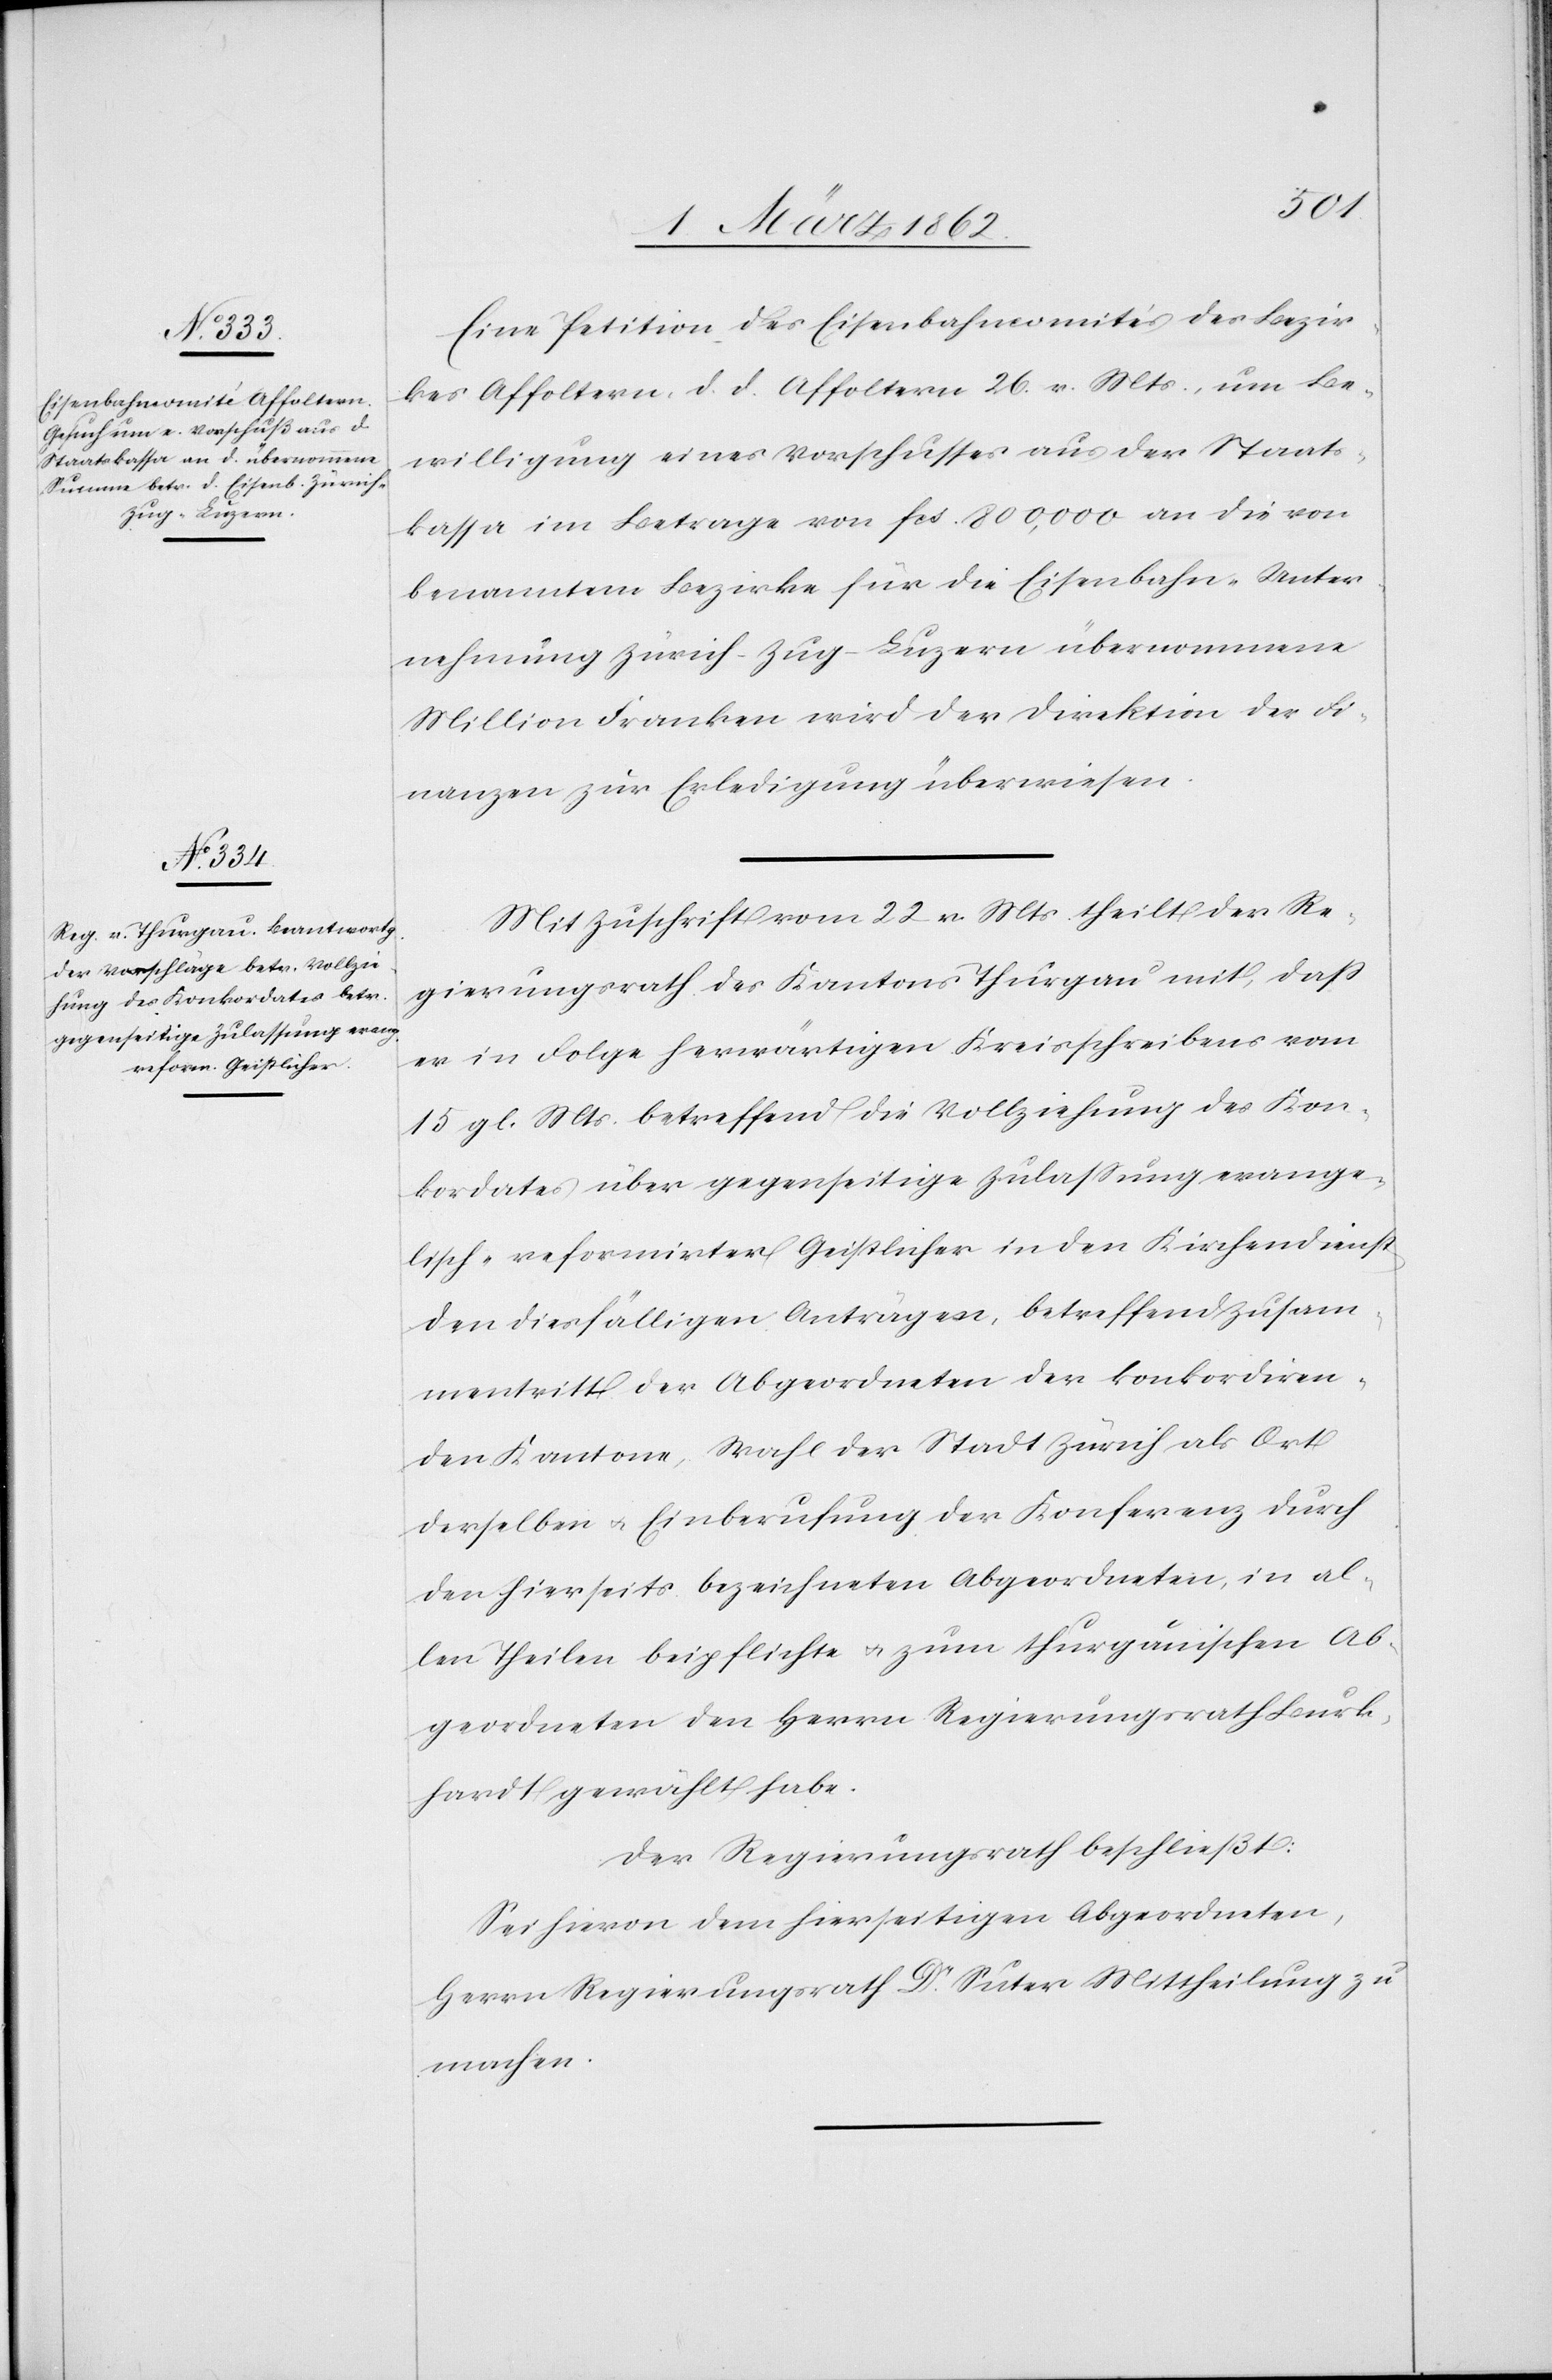
Eine Petition des Eisenbahncomités des Bezir¬
kes Affoltern, d. d. Affoltern 26. v. Mts., um Be¬
willigung eines Vorschusses aus der Staats¬
kassa im Betrage von fcs. 800,000 an die von
benanntem Bezirke für die Eisenbahn-Unter¬
nehmung Zürich–Zug–Luzern übernommene
Million Franken wird der Direktion der Fi¬
nanzen zur Erledigung überwiesen.
Mit Zuschrift vom 22 v. Mts. theilt der Re¬
gierungsrath des Kantons Thurgau mit, daß
er in Folge herwärtigen Kreisschreibens vom
15 gl. Mts. betreffend die Vollziehung des Kon¬
kordates über gegenseitige Zulaßung evange¬
lisch-reformirter Geistlicher in den Kirchendienst
den diesfälligen Anträgen, betreffend Zusam¬
mentritt der Abgeordneten der konkordiren¬
den Kantone, Wahl der Stadt Zürich als Ort
derselben u. Einberufung der Konferenz durch
den hierseits bezeichneten Abgeordneten, in al¬
len Theilen beipflichte u. zum thurgauischen Ab¬
geordneten den Herrn Regierungsrath Burk¬
hardt gewählt habe.
Der Regierungsrath beschließt:
Sei hievon dem hierseitigen Angeordneten,
Herrn Regierungsrath Dr. Suter Mittheilung zu
machen.